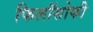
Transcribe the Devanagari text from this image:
फिलॉसोफी